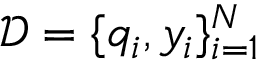
\mathcal { D } = \{ q _ { i } , y _ { i } \} _ { i = 1 } ^ { N }